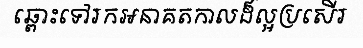
ឆ្ពោះទៅរកអនាគតកាលដ៏ល្អប្រសើរ